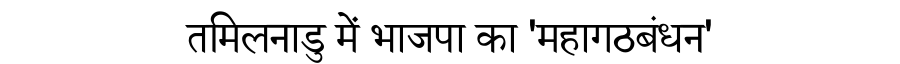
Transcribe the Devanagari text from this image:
तमिलनाडु में भाजपा का 'महागठबंधन'